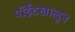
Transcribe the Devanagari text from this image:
पॉईंटखालून